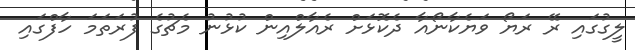
ލީގުގައި ރޭ ރަޔޯ ވަޔެކާނޯއާ ދެކޮޅަށް ރެއާލްއިން ކުޅުނު މެޗުގެ ފުރަތަމަ ހާފްގައި